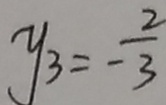
y _ { 3 } = - \frac { 2 } { 3 }